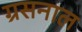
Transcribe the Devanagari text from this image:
ग्रसनाल